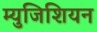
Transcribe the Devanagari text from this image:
म्युजिशियन